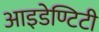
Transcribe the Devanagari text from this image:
आइडेण्टिटी